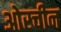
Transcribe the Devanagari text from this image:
ओरचीन